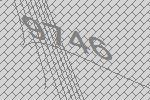
9746